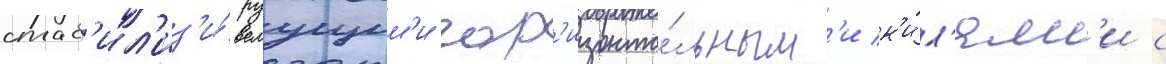
стаб'ил'из'и́руущим'и гор'изонта́льным'и к'и́л'ям'и с